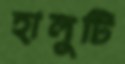
হালুটি